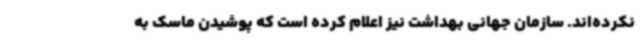
نکرده‌اند. سازمان جهانی بهداشت نیز اعلام کرده است که پوشیدن ماسک به